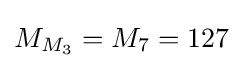
M_{M_{3}}=M_{7}=127